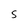
Character: S